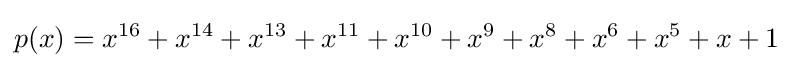
p(x)=x^{16}+x^{14}+x^{13}+x^{11}+x^{10}+x^{9}+x^{8}+x^{6}+x^{5}+x+1